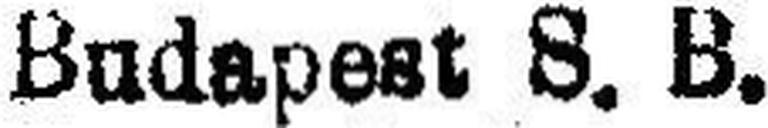
Budapest S. B.